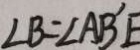
\angle B = \angle A B ^ { \prime } E